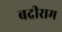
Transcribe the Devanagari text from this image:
बद्रीराम